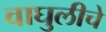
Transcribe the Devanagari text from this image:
वाघुलीचे